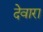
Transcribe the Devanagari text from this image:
देवारा